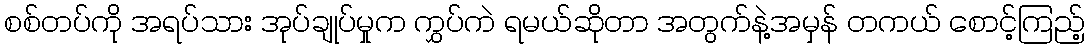
စစ်တပ်ကို အရပ်သား အုပ်ချုပ်မှုက ကွှပ်ကဲ ရမယ်ဆိုတာ အတွက်နဲ့အမှန် တကယ် စောင့်ကြည့်